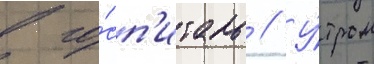
в го́сп'италь // У́тром